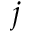
j